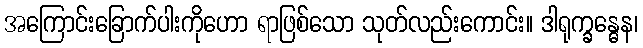
အကြောင်းခြောက်ပါးကိုဟော ရာဖြစ်သော သုတ်လည်းကောင်း။ ဒါရုက္ခန္ဓေန၊